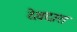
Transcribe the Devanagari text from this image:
देवदारा